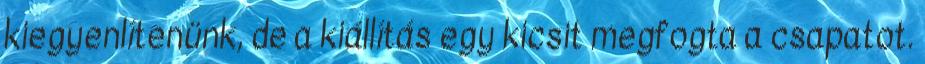
kiegyenlítenünk, de a kiállítás egy kicsit megfogta a csapatot.